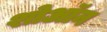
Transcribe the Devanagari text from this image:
शोऑन